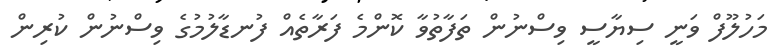
މަހުލޫފް ވަނީ ސިޔާސީ ވިސްނުން ތަފާތުވާ ކޮންމެ ފަރާތެއް ފުނޑާލުމުގެ ވިސްނުން ކުރިން